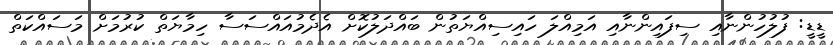
ޑީޑީ: ފުލުހުންނާއި ސިފައިންނާއި އަމިއްލަ ހައިސިއްޔަތުން ބައްދަލުކޮށް އެދެމުއައްސަސާ ހިމާޔަތް ކުރުމަށް މަސައްކަތް